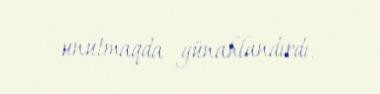
unutmaqda günahlandırdı.